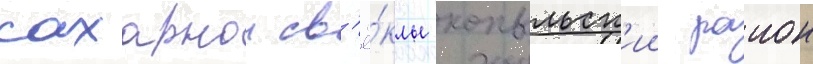
сахарнои св'ё́клы копыльск'ии раион